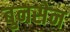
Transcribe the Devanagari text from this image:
बुनसेन